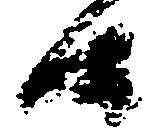
候